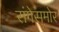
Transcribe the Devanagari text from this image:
रांगेसमोर